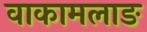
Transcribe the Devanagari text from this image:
वाकामलाङ